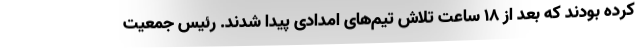
کرده بودند که بعد از ۱۸ ساعت تلاش تیم‌های امدادی پیدا شدند. رئیس جمعیت